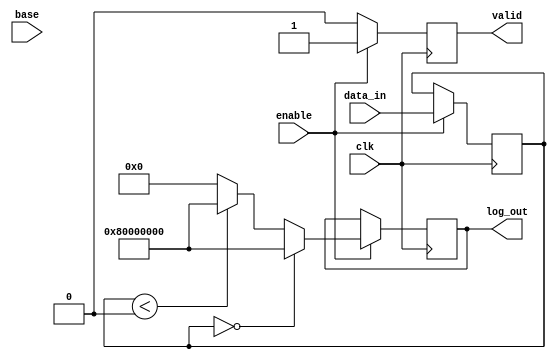
module logarithmic_unit(
    input [31:0] data_in,  // Input data (floating-point or fixed-point)
    input [31:0] base,      // Base of logarithm
    input enable,           // Control signal to start calculation
    input clk,              // Clock signal
    output reg [31:0] log_out, // Computed logarithm output
    output reg valid        // Valid output signal
);

// Internal Registers
reg [31:0] normalized_data;
reg compute_ready;

// Edge case handling
parameter UNDEFINED_LOG = 32'h80000000; // Represent undefined with a specific value

// Logarithm Calculation
// This is a mock function, replace with a real algorithm or a lookup table
function [31:0] compute_log;
    input [31:0] value;
    input [31:0] log_base;
    reg [31:0] result;
begin
    if (value == 0) begin
        result = UNDEFINED_LOG; // Log of zero
    end else if (value < 0) begin
        result = UNDEFINED_LOG; // Log of negative numbers
    end else begin
        // A simple approximation for logarithm base 2
        result = 0; // Replace with actual logarithm logic or lookup
        // Here you could implement the logarithm calculation logic
    end
    compute_log = result;
end
endfunction

// Normalization and computation
always @(posedge clk) begin
    if (enable) begin
        // Normalize data if necessary (not implemented here, but consider range scaling)
        normalized_data <= data_in; // Mock normalization

        // Compute logarithm
        log_out <= compute_log(normalized_data, base);
        valid <= 1; // Output is valid
    end else begin
        valid <= 0; // Not valid when not enabled
    end
end

endmodule